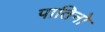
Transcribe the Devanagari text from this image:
पातिनो